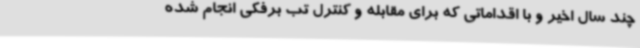
چند سال اخیر و با اقداماتی که برای مقابله و کنترل تب برفکی انجام شده